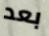
بعد